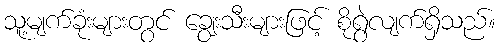
သူ့မျက်ခုံးများတွင် ချွေးသီးများဖြင့် စိုရွဲလျက်ရှိသည်။